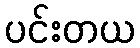
ပင်းတယ